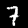
Digit: 7